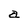
Character: a